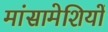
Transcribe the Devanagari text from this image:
मांसामेशियों